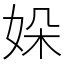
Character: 㛊